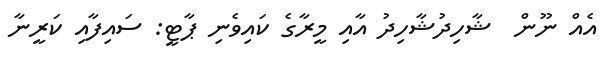
އެއް ނޫން  ޝާހިދުޝާހިދު އާއި މީރާގެ ކައިވެނި ޕާޓީ: ސައިފާއި ކަރީނާ